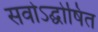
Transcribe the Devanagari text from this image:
सवोऽद्घोषित